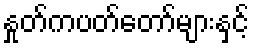
နှုတ်ကပတ်တော်များနှင့်